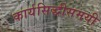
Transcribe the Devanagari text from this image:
कार्यसिद्धीसमयी